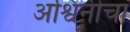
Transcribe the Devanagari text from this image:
अश्विनीचा